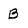
Character: B